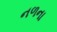
નળના